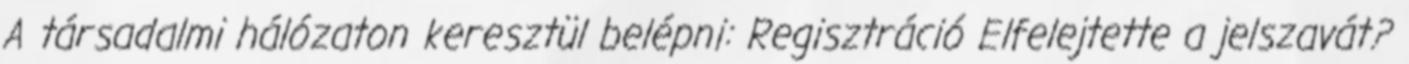
A társadalmi hálózaton keresztül belépni: Regisztráció Elfelejtette a jelszavát?